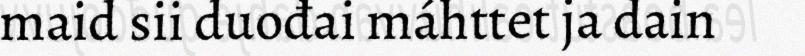
maid sii duođai máhttet ja dain